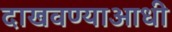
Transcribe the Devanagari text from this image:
दाखवण्याआधी